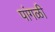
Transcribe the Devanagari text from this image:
पांगळी